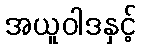
အယူဝါဒနှင့်